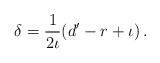
LaTeX: \begin{align*}\delta=\frac{1}{2\iota}(d'-r+\iota)\,.\end{align*}